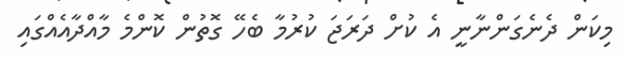
މިކަން ދެނެގަންނާނީ އެ ކުށް ދަރަޖަ ކުރުމާ ބެހޭ ގޮތުން ކޮންމެ މާއްދާއެއްގައި